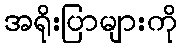
အရိုးပြာများကို